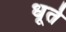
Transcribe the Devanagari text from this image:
धूर्ते